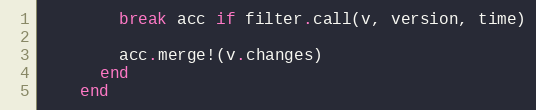
Language: Ruby
        break acc if filter.call(v, version, time)

        acc.merge!(v.changes)
      end
    end